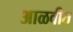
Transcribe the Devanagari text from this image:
आळवीत